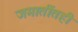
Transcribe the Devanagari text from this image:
जमातींतही